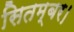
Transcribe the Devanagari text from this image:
सितम्बर।